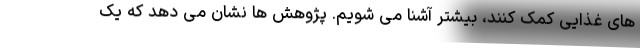
های غذایی کمک کنند، بیشتر آشنا می شویم. پژوهش ها نشان می دهد که یک